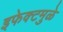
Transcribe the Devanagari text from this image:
इफेक्टमुळे